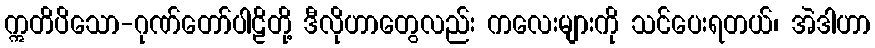
ဣတိပိသော-ဂုဏ်တော်ပါဠိတို့ ဒီလိုဟာတွေလည်း ကလေးများကို သင်ပေးရတယ်၊ အဲဒါဟာ